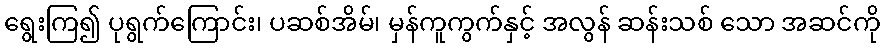
ရွေးကြ၍ ပုရွက်ကြောင်း၊ ပဆစ်အိမ်၊ မှန်ကူကွက်နှင့် အလွန် ဆန်းသစ် သော အဆင်ကို